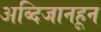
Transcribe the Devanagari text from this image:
अब्दिजानहून